Materia medica of Madras volume I
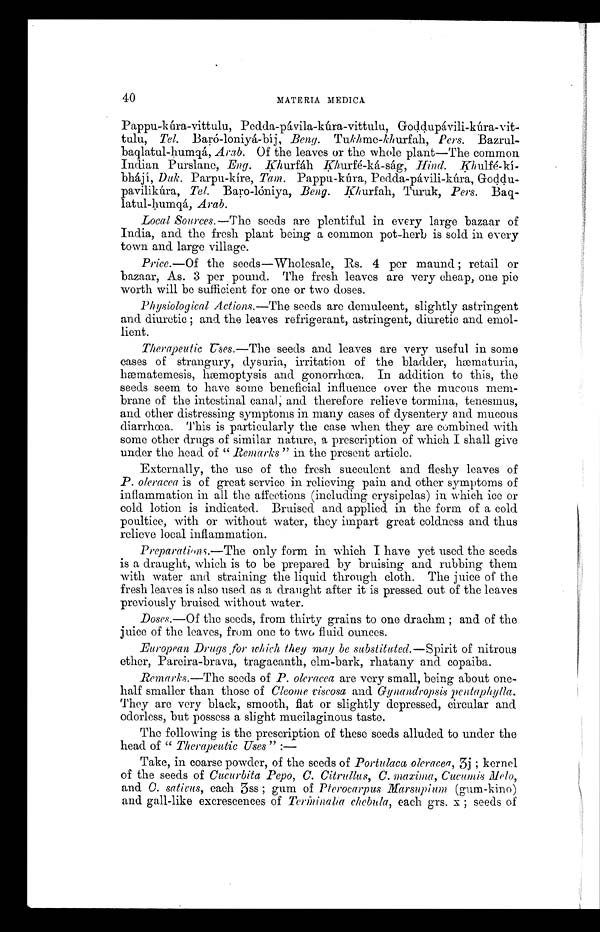
40
MATERIA MEDICA
Pappu-kúra-vittulu, Pedda-pávila,-kúra-vittulu,,
G o d d u p á v i l i - k ú r a - v í t t u l u ,T
e l .
B a r ó - l o n i y á - b í j ,
B e n g T u k h m e - k h u r f a h , P e r s .Bazrul-
baqlatul-humgá, Arab. Of the leaves or the whole plant—The common
Indian :Purslane, Eng. Khurfáh Khurfé-ká-ság, Hind.
K h u l f é - k i b h á j í , D u k .
P a r p u - k í r e ,
T a m .
Pappu-kura, Pedda-pávili-kúra, Goddu-
pavilikúra, Tel. Baro-lóníya, Beng. Khurfah, Turuk, Pers.
Baq-tul-humgá, Arab.
Local Sources.—The seeds are plentiful in every large bazaar of
India, and the fresh plant being a common pot-herb is sold in every
town and large village.
Price.—Of the seeds—Wholesale, Rs. 4 per maund ; retail or
bazaar, As. 3 per pound. The fresh leaves are very cheap, one pie
worth will be sufficient for one or two doses.
Physiological Actions.—The seeds are demulcent, slightly astringent
and diuretic ; and the leaves refrigerant, astringent, diuretic and emol-
lient.
Therapeutic Uses.—The seeds and leaves are very useful in some
cases of strangury, dysuria, irritation of the bladder, hæmaturia,
hæmatemesis, hæmoptysis and. genorrhœa. In addition to this, the
seeds seem to have some beneficial influence over the mucous mem-
brane of the intestinal canal; and therefore relieve tormina, tenesmus,
and other distressing symptems in many cases of dysentery and mucous
diarrhœa. This is particularly the case when they are combíned with
some other drugs of similar nature, a prescríption of which I shall give
under the head of "Remarks" in the present article.
Externally, the use of the fresh succulent and fleshy leaves of
P. oleracea is of great service in relieving pain and other symptoms of
inflammation in all the affections (including erysipelas) in which ice or
cold lotion is indicated. Bruised. and. applied in the form of a cold
poultice, with or without water, they impart great coldness and thus
relieve local inflammation.
Preparations.—The only form in which I have yet used the seeds
is a draught, which is to be prepared by bruising and rubbing them
with water and straining the liquid through cloth. The juice of the
fresh leaves is also used as a draught after it is pressed out of the leaves
previously bruised without water.
Doses.—Of the seeds, from thirty grains to one drachm ; and of the
juice of the leaves, from one to two fluid ounces.
European Drugs for which they may be substituted.—Spirit of nitrous
ether, Pareira-brava, tragacanth, elm-bark, rhatany and copaiba.
Remarks.—The seeds of P. oleracea are very small, being about one-
half smaller than those of Cleome viscosa and. Gynandropsis pentaphylla.
They are very black, smooth, flat or slightly depressed, circular and
odorless, but possess a slight mucilaginous taste.
The following is the prescription of these seeds alluded to under the
head of " Therapeutic Uses" :-
Take, in coarse powder, of the seeds of Portulaca oleracea, 3j ; kernel
of the seeds of Cucurbita Pepo, C. Citrullus, C. maxima, Cucumis Melo,
and C. sativus, each 3ss ; gum of Pterocarpus Marsupium (gum-kino)
and gall-like excrescences of Terminalia chebula, each grs. x ; seeds of